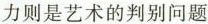
力则是艺术的判别问题